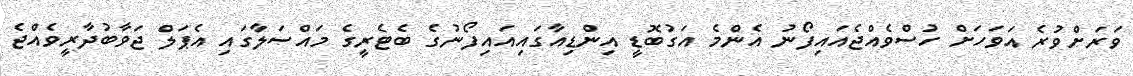
ވަރަށްވުރެ އަވަހަށް ހުސްވެއްޖެއައިފޯނު އެންމެ އަގުބޮޑީ އިންޑިއާގައިއައިފޯނުގެ ބެޓެރީގެ މައްސަލާގައި އެޕަލް ޖަވާބުދާރީވެއްޖެ